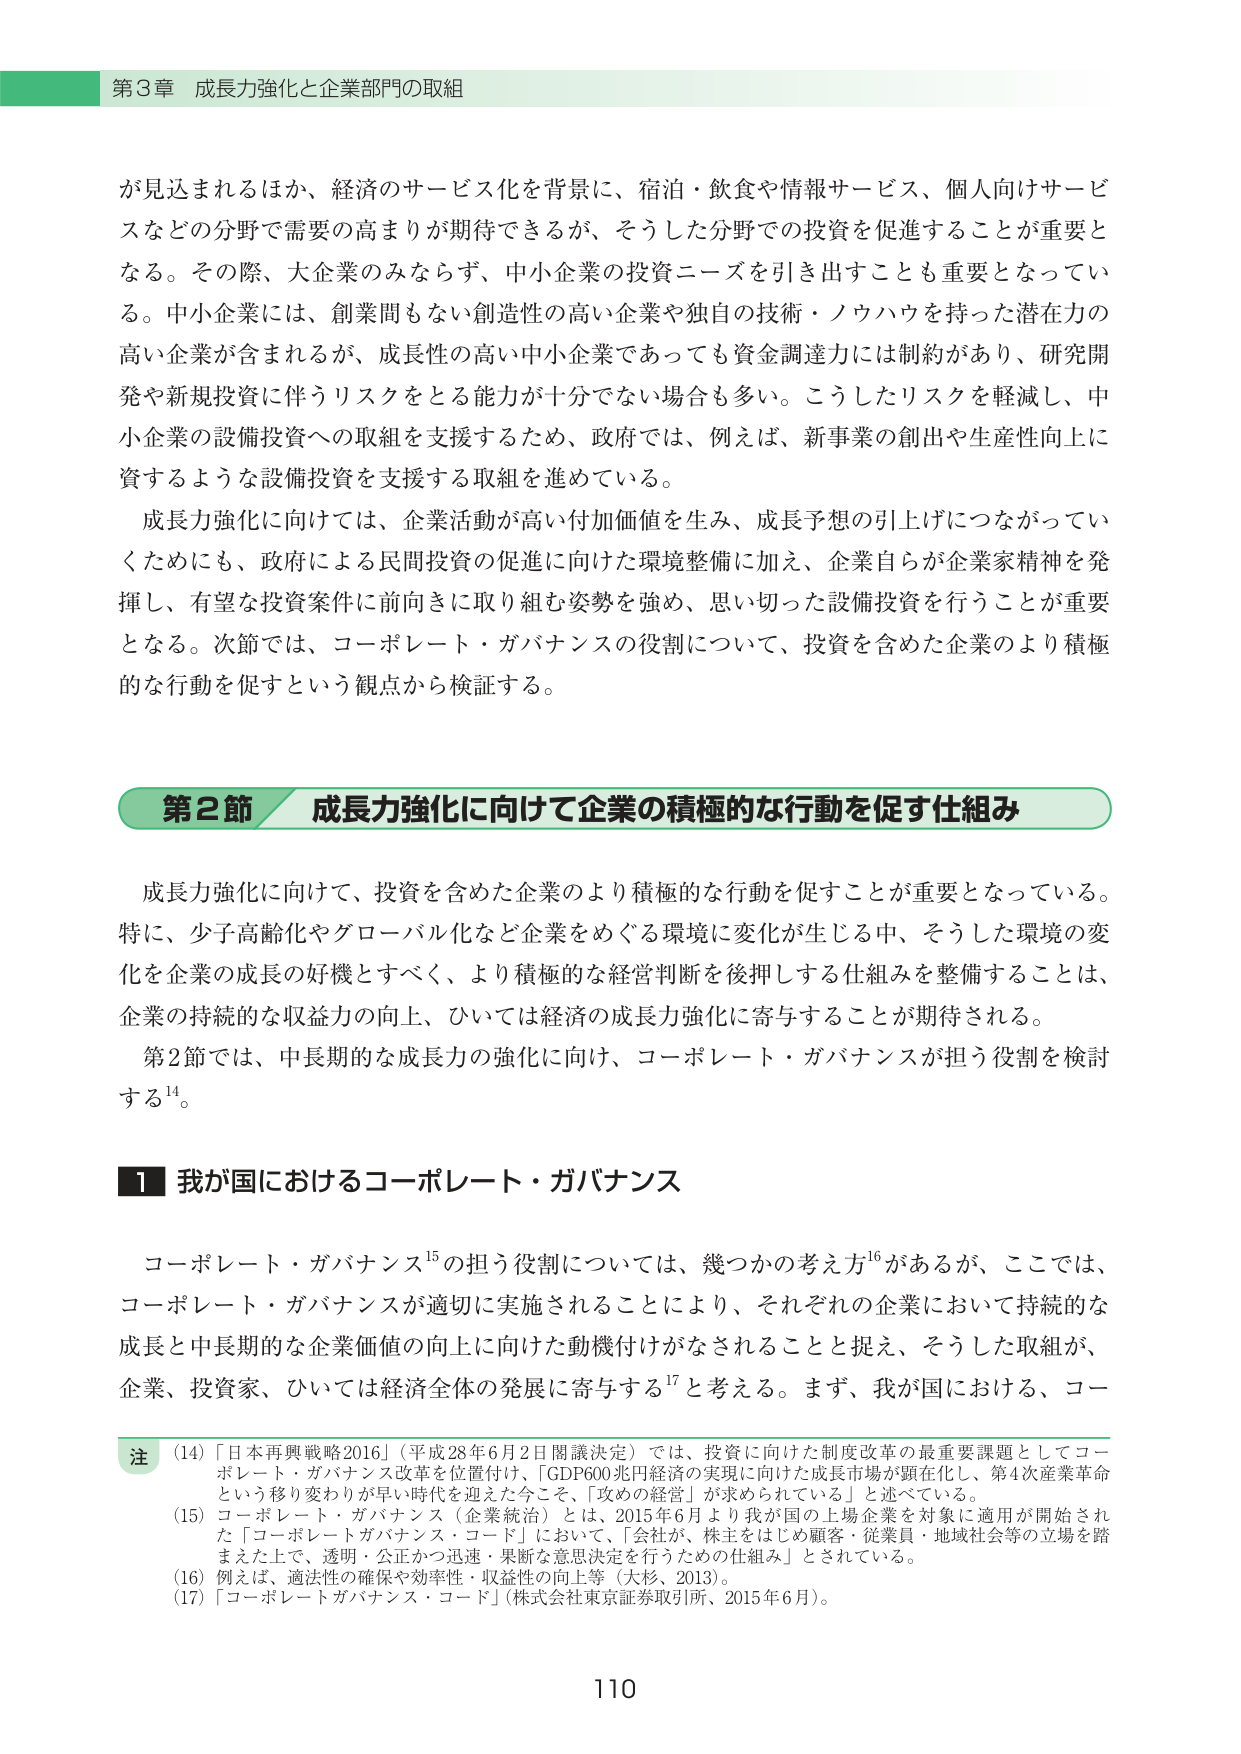
第3章 成長力強化と企業部門の取組

が見込まれるほか、経済のサービス化を背景に、宿泊・飲食や情報サービス、個人向けサービスなどの分野で需要の高まりが期待できるが、そうした分野での投資を促進することが重要となる。その際、大企業のみならず、中小企業の投資ニーズを引き出すことも重要となっている。中小企業には、創業問もない創造性の高い企業や独自の技術・ノウハウを持った潜在力の高い企業が含まれるが、成長性の高い中小企業であっても資金調達力には制約があり、研究開発や新規投資に伴うリスクをとる能力が十分でない場合も多い。こうしたリスクを軽減し、中小企業の設備投資への取組を支援するため、政府では、例えば、新事業の創出や生産性向上に資するような設備投資を支援する取組を進めている。

成長力強化に向けては、企業活動が高い付加価値を生み、成長予想の引上げにつながっていきためにも、政府による民間投資の促進に向けた環境整備に加え、企業自らが企業家精神を発揮し、有望な投資案件に前向きに取り組む姿勢を強め、思い切った設備投資を行うことが重要となる。次節では、コーポレート・ガバナンスの役割について、投資を含めた企業のより積極的な行動を促すという観点から検証する。

第2節 成長力強化に向けて企業の積極的な行動を促す仕組み

成長力強化に向けて、投資を含めた企業のより積極的な行動を促すことが重要となっている。特に、少子高齢化やグローバル化など企業をめぐる環境に変化が生じる中、そうした環境の変化を企業の成長の好機とすべく、より積極的な経営判断を後押しする仕組みを整備することは、企業の持続的な収益力の向上、ひいては経済の成長力強化に寄与することが期待される。

第2節では、中長期的な成長力の強化に向け、コーポレート・ガバナンスが担う役割を検討する¹⁴。

1 我が国におけるコーポレート・ガバナンス

コーポレート・ガバナンス¹⁵の担う役割については、幾つかの考え方¹⁶があるが、ここでは、コーポレート・ガバナンスが適切に実施されることにより、それぞれの企業において持続的な成長と中長期的な企業価値の向上に向けた動機付けがなされることと捉え、そうした取組が、企業、投資家、ひいては経済全体の発展に寄与する¹⁷と考える。まず、我が国における、コー

注
(14) 「日本再興戦略2016」（平成28年6月2日閣議決定）では、投資に向けた制度改革の最重要課題としてコーポレート・ガバナンス改革を位置付け、「GDP600兆円経済の実現に向けた成長市場が顕在化し、第4次産業革命という移り変わりが早い時代を迎えた今こそ、「攻めの経営」が求められている」と述べている。
(15) コーポレート・ガバナンス（企業統治）とは、2015年6月より我が国の上場企業を対象に適用が開始された「コーポレートガバナンス・コード」において、「会社が、株主をはじめ顧客・従業員・地域社会等の立場を踏まえた上で、透明・公正かつ迅速・果断な意思決定を行うための仕組み」とされている。
(16) 例えば、適法性の確保や効率性・収益性の向上等（大杉、2013）。
(17) 「コーポレートガバナンス・コード」（株式会社東京証券取引所、2015年6月）。

110